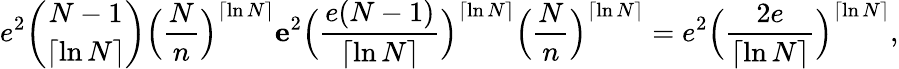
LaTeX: e^{2}{\binom{N-1}{\lceil\ln N\rceil}}\Big(\frac{N}{n}\Big)^{\lceil\ln N\rceil}\le e^{2}\Big(\frac{e(N-1)}{\lceil\ln N\rceil}\Big)^{\lceil\ln N\rceil}\Big(\frac{N}{n}\Big)^{\lceil\ln N\rceil}=e^{2}\Big(\frac{2e}{\lceil\ln N\rceil}\Big)^{\lceil\ln N\rceil},